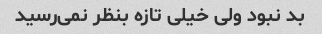
بد نبود ولی خیلی تازه بنظر نمی‌رسید